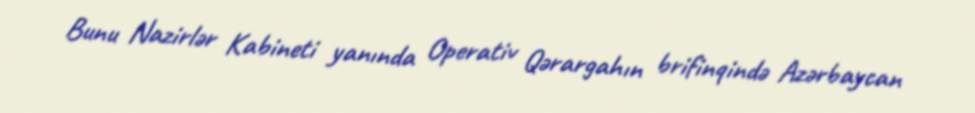
Bunu Nazirlər Kabineti yanında Operativ Qərargahın brifinqində Azərbaycan